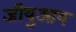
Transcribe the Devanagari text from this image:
जीयुआय